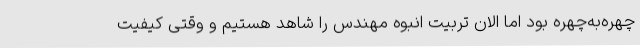
چهره‌به‌چهره بود اما الان تربیت انبوه مهندس را شاهد هستیم و وقتی کیفیت